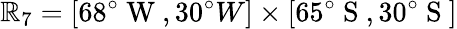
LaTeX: \mathbb{R}_{7}=[68^{\circ}\mathrm{{~W~}},30^{\circ}{W}]\times[65^{\circ}\mathrm{{~S~}},30^{\circ}\mathrm{{~S~}}]